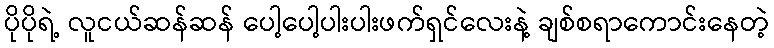
ပိုပိုရဲ့ လူငယ်ဆန်ဆန် ပေါ့ပေါ့ပါးပါးဖက်ရှင်လေးနဲ့ ချစ်စရာကောင်းနေတဲ့